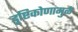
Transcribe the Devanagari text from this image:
दृष्टिकोणामुळे